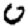
Digit: 0